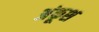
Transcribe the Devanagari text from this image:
अंकूश